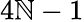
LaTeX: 4\mathbb{N}-1